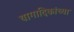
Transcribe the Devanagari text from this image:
यागादिकांच्या